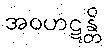
အဝဟဋန္တိ